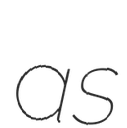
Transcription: as